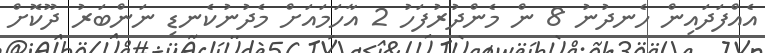
އެއްފަދައިން ހެނދުނު 8 ން މެންދުރުފަހު 2 އާހަމައަށް މެދުނުކެނޑި ނަންބަރު ދޫކޮށް